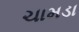
ચામડા